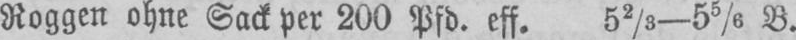
Roggen ohne Sack per 200 Pfd. eff. 52/3-55/6 B.